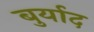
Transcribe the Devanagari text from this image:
बुर्याद